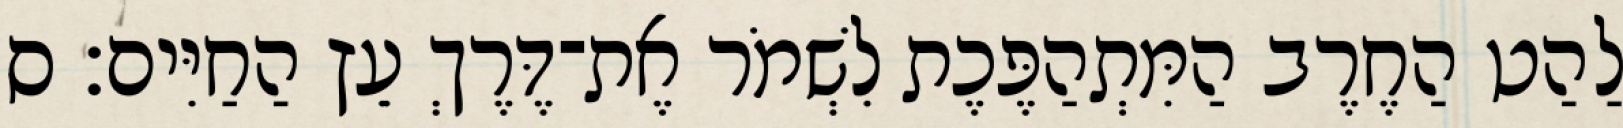
לַהַט הַחֶרֶב הַמִּתְהַפֶּכֶת לִשְׁמֹר אֶת־דֶּרֶךְ עֵץ הַחַיִּים׃ ס